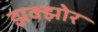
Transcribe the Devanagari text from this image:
झक्झोर